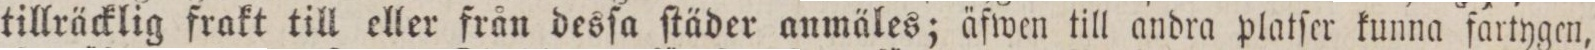
tillräcklig frakt till eller från desſa ſtäder anmäles; äfwen till andra platſer kunna fartygen,